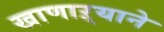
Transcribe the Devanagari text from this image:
खाणाऱ्याने